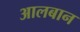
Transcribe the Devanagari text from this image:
आलबान